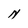
Character: N